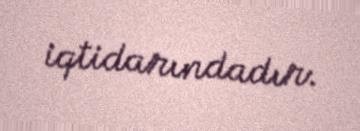
iqtidarındadır.